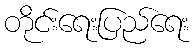
တိုင်းရေးပြည်ရေး